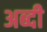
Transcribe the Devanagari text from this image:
अब्दी